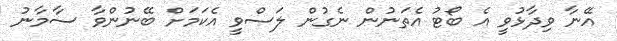
އޭނާ ވިދާޅުވީ އެ ބޯޓު އެތަނުން ނެގުން ލަސްވީ އެކަމަށް ބޭނުންވާ ސާމާނު